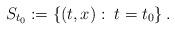
LaTeX: \begin{align*}S_{t_0} := \left\{(t,x):\; t=t_0 \right\}.\end{align*}